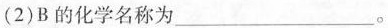
(2)B的化学名称为___。